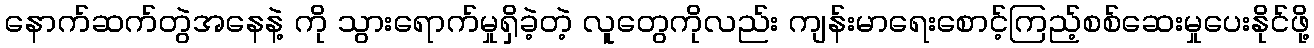
နောက်ဆက်တွဲအနေနဲ့ ကို သွားရောက်မှုရှိခဲ့တဲ့ လူတွေကိုလည်း ကျန်းမာရေးစောင့်ကြည့်စစ်ဆေးမှုပေးနိုင်ဖို့